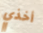
أخذي